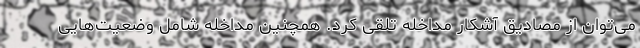
می‌توان از مصادیق آشکار مداخله تلقی کرد. همچنین مداخله شامل وضعیت‌هایی